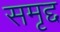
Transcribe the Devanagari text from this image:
समृद्द